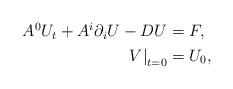
LaTeX: \begin{align*}\begin{aligned}A^{0}U_{t}+A^{i}\partial_{i}U-DU&=F,\\\left.V\right\rvert_{t=0}&=U_{0},\end{aligned}\end{align*}